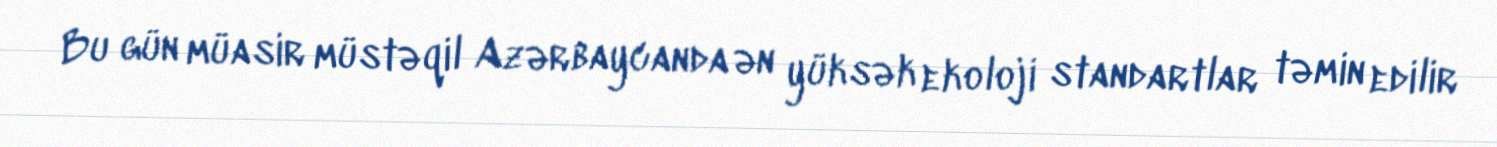
Bu gün müasir müstəqil Azərbaycanda ən yüksək ekoloji standartlar təmin edilir